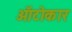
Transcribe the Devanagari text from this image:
ऑटोकार